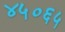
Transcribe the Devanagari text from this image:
४५०६५